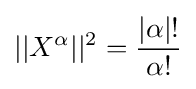
||X^{\alpha }||^{2}={\frac {|\alpha |!}{\alpha !}}